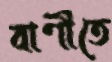
বাণীতে